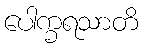
ပေါက္ခရသာတိ